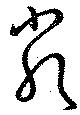
嚴